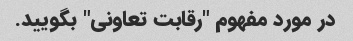
در مورد مفهوم "رقابت تعاونی" بگویید.